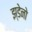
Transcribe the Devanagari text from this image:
झ्डेनो